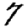
Digit: 7